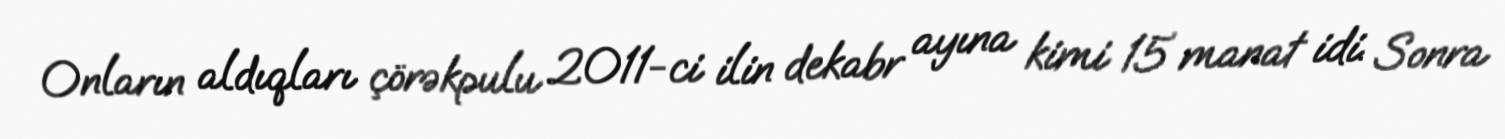
Onların aldıqları çörəkpulu 2011-ci ilin dekabr ayına kimi 15 manat idi. Sonra